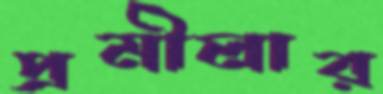
প্রমীলার